Insane asylums Bombay 1873-77 - 1873-1877
Year: 1873
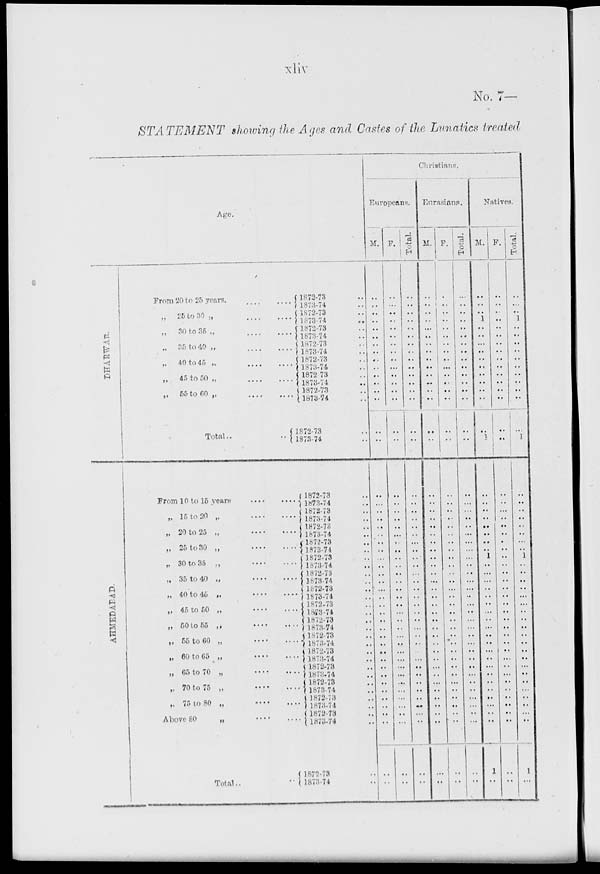
xliv
No. 7—
STATEMENT
showing the Ages and Castes of the Lunatics treated
Age.
DHARWAR.
AHMEDABAD.
From 20 to 25 years, .... ....
„ 25 to 30 „ .... ....
„ 30 to 35 „ .... ....
„ 35 to 40 .. .... ....
..
40 to 45 „ .... ....
„ 45 to 50 „
....
....
..
55 to 60 „ .... ....
Total..
..
From 10 to 15
years
....
....
„ 15 to 20 „
....
....
.. 20 to 25 „
....
....
„ 25 to 30 „
....
....
„ 30 to 35 „
....
....
.. 35 to 40
..
....
....
„ 40 to 45 „
....
....
.. 45 to 50 „ .... ....
.. 50 to 55 .. .... ....
„ 55 to 60 „ .... ....
„ 60 to 65 „
....
....
„ 65 to 70 „ .... ....
„ 70 to 75
..
....
....
„ 75 to 80
..
....
....
Above 80
„ .... ....
Total.. ..
1872-73 ..
1873-74 ..
1872-73 ..
1873-74 ..
1872-73 ..
1873-74 ..
1872-73 ..
1873-74 ..
1872-73 ..
1873-74 ..
1872-73 ..
1873-74 ..
1872-73 ..
1873-74 ..
1872-73 ..
1873-74 ..
1872-73 ..
1873-74 ..
1872-73 ..
1873-74 ..
1872-73 ..
1873-74 ..
1872-73 ..
1873-74 ..
1872-73 ..
1873-74 ..
1872-73 ..
1873-74 ..
1872-73 ..
1873-74 ..
1872-73 ..
1873-74 ..
1872-73 ..
1873-74 ..
1872-73 ..
1873-74 ..
1872-73 ..
1873-74 ..
1872-73 ..
1873-74 ..
1872-73 ..
1873-74 ..
1872-73 ..
1873-74 ..
1872-73 ..
1873-74 ..
1872-73 ..
1873-74 ..
Christians.
Europeans.
M.
..
..
..
..
..
..
..
..
..
..
..
..
..
..
..
..
..
..
..
..
..
..
...
..
..
..
..
..
..
..
...
..
..
..
..
..
..
..
..
..
..
..
..
..
..
..
..
..
F.
..
..
..
..
..
..
..
..
..
..
..
..
..
..
..
..
..
..
..
..
..
..
..
..
..
..
..
..
..
..
..
..
..
..
..
..
..
..
..
..
..
..
..
..
..
..
..
..
Total.
..
..
..
..
..
..
..
..
..
..
..
..
..
..
..
..
..
..
..
..
..
..
..
..
..
..
..
..
..
..
..
..
..
..
..
..
..
..
..
..
..
..
..
..
..
..
..
..
Eurasians.
M.
..
..
..
..
..
..
..
..
..
..
..
..
..
..
..
..
..
..
..
..
..
..
..
..
..
..
..
..
..
..
..
..
..
..
..
..
..
..
..
..
..
..
..
..
..
..
..
..
F.
..
..
..
..
..
..
..
..
..
..
..
..
..
..
..
..
..
..
..
..
..
..
..
..
..
..
..
..
..
..
..
..
..
..
..
..
..
..
..
..
..
..
..
..
..
..
..
..
Total.
..
..
..
..
..
..
..
..
..
..
..
..
..
..
..
..
..
..
..
..
..
..
..
..
..
..
..
..
..
..
..
..
..
..
..
..
..
..
..
..
..
..
..
..
..
..
..
..
Natives.
M.
..
..
..
1
..
..
..
..
..
..
..
..
..
..
..
1
..
..
..
..
..
..
..
.. 1
..
..
..
..
..
..
..
..
..
..
..
..
..
..
..
..
..
..
..
..
..
1
..
F.
..
..
..
..
..
..
..
..
..
..
..
..
..
..
..
..
..
..
..
..
..
..
..
.. ..
..
..
..
..
..
..
..
..
..
..
..
..
..
..
..
..
..
..
..
..
..
..
..
Total.
..
..
..
1
..
..
..
..
..
..
..
..
..
..
..
1
..
..
..
..
..
..
..
.. 1
..
..
..
..
..
..
..
..
..
..
..
..
..
..
..
..
..
..
..
..
..
1
..